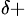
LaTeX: ^{\delta+}